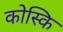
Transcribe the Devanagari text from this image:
कोस्कि